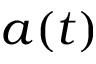
a ( t )